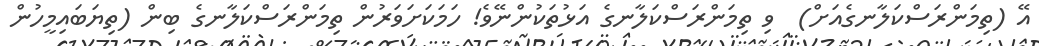
އޭ (ތިމަންރަސްކަލާނގެއަށް)  ވި ތިމަންރަސްކަލާނގެ އަޅުތަކުންނޭވެ! ހަމަކަށަވަރުން ތިމަންރަސްކަލާނގެ ބިން (ތިޔަބައިމީހުން